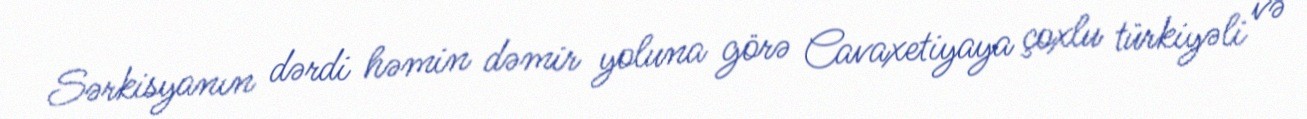
Sərkisyanın dərdi həmin dəmir yoluna görə Cavaxetiyaya çoxlu türkiyəli və